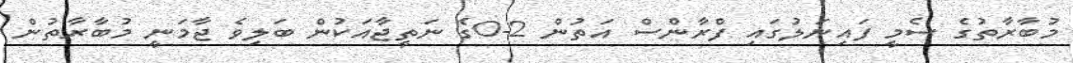
މުބާރާތުގެ ސެމީ ފައިނަލުގައި ފްރާންސް އަތުން 2-0ގެ ނަތީޖާއަކުން ބަލިވެ ޖާމަނީ މުބާރާތުން